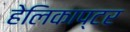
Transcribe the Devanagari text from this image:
हेलिकाप्‍टर